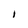
Character: I